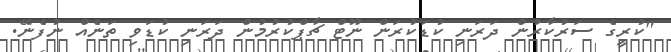
"ކުރީގެ ސަރުކާރުން ދަރަނި ކުޑަކުރަން ނޫޓް ޗާޕްކުރުމުން ދަރަނި ކުޑަވި ތަނެއް ނުފެނޭ.